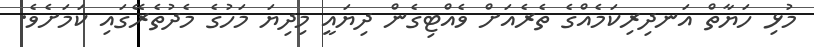
މުޅި ހަޔާތް އަނދިރިކަމެއްގެެެ ތެރެއަށް ވެެއްޓިގެެން ދިޔައީ މިދިޔަ މަހުގެެ މެެދުތެރޭގައި ކަމަށެވެ.